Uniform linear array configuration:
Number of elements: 12
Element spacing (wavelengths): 0.25
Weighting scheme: binomial
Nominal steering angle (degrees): -15
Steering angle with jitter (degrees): -15.989
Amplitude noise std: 0.05
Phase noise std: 0.05

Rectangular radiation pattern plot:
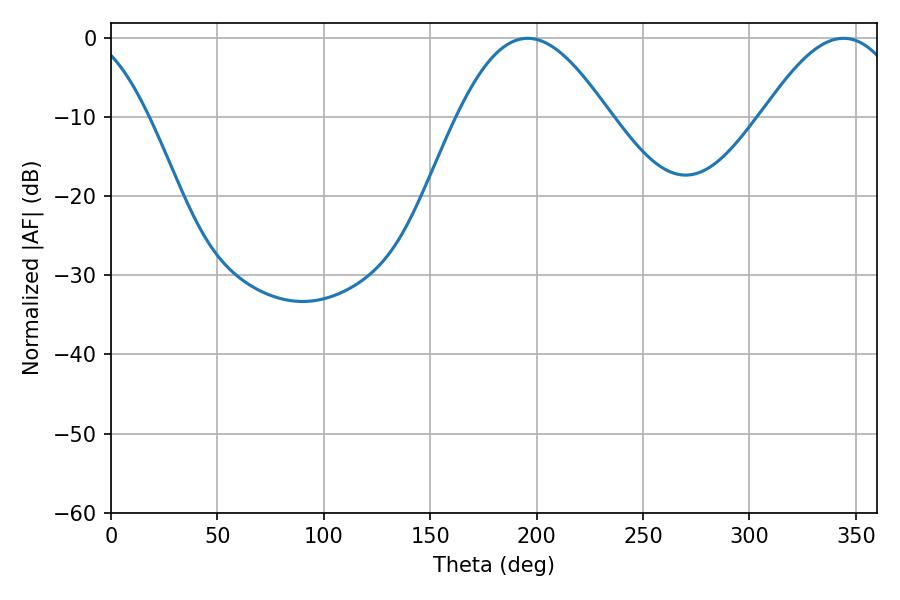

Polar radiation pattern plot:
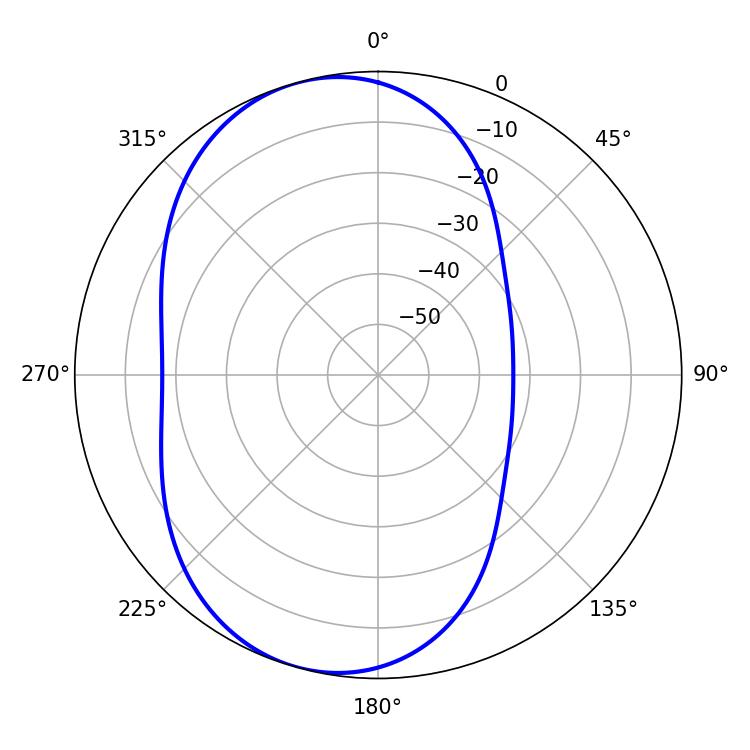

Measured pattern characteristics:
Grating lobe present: FALSE
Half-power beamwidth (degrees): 38.52
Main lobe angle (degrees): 195.84